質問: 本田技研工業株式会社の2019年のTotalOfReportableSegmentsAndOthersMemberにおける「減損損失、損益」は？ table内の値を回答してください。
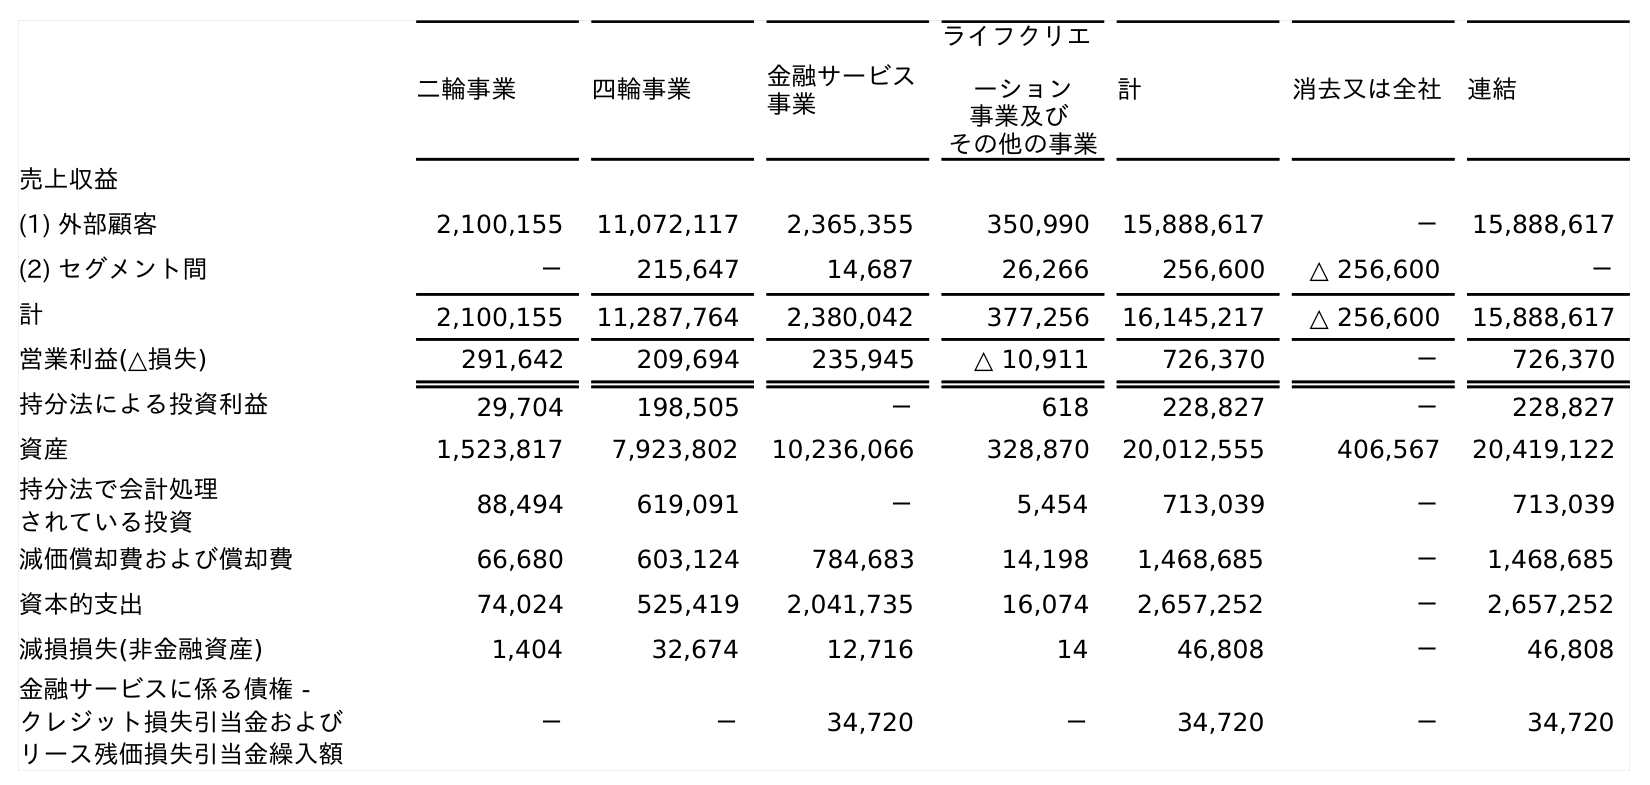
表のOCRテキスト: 二輪事業 四輪事業 金融サービス 事業 ライフクリエ ーション 事業及び その他の事業 計 消去又は全社 連結 売上収益 (1) 外部顧客 2,100,155 11,072,117 2,365,355 350,990 15,888,617 － 15,888,617 (2) セグメント間 － 215,647 14,687 26,266 256,600 △ 256,600 － 計 2,100,155 11,287,764 2,380,042 377,256 16,145,217 △ 256,600 15,888,617 営業利益(△損失) 291,642 209,694 235,945 △ 10,911 726,370 － 726,370 持分法による投資利益 29,704 198,505 － 618 228,827 － 228,827 資産 1,523,817 7,923,802 10,236,066 328,870 20,012,555 406,567 20,419,122 持分法で会計処理 されている投資 88,494 619,091 － 5,454 713,039 － 713,039 減価償却費および償却費 66,680 603,124 784,683 14,198 1,468,685 － 1,468,685 資本的支出 74,024 525,419 2,041,735 16,074 2,657,252 － 2,657,252 減損損失(非金融資産) 1,404 32,674 12,716 14 46,808 － 46,808 金融サービスに係る債権 - クレジット損失引当金および リース残価損失引当金繰入額 － － 34,720 － 34,720 － 34,720
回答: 46,808